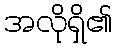
အလိုရှိ၏